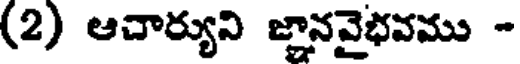
(2) ఆచార్యుని జ్ఞానవైభవము -